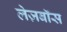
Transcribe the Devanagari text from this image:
लेज़बॉस